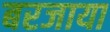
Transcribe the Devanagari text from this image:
बरजाया